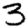
Digit: 3